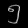
Digit: ၅